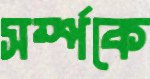
সর্ম্পকে